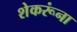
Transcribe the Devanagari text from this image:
शेकरूंना